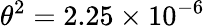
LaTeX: \theta^{2}=2.25\times 10^{-6}